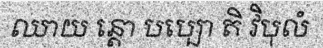
ឈាយ ន្តោ បប្បោ តិ វិបុលំ